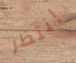
إنتظر